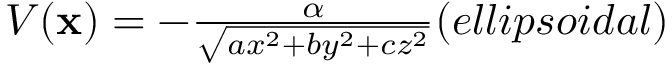
\begin{array} { c } { { V ( { \bf x } ) = - { \frac { \alpha } { \sqrt { a x ^ { 2 } + b y ^ { 2 } + c z ^ { 2 } } } } \space \space \space \space ( e l l i p s o i d a l ) } } \end{array}